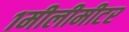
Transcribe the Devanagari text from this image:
१मीलीमीटर